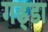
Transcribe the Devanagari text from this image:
गढ्‌डा